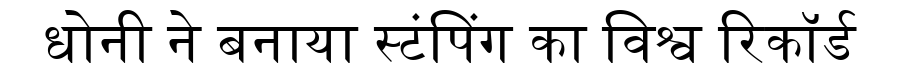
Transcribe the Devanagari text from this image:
धोनी ने बनाया स्टंपिंग का विश्व रिकॉर्ड